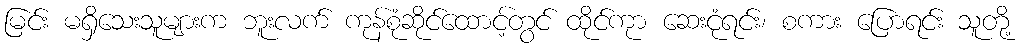
မြင်း မရှိသေးသူများက ဘူးလက် ကုန်စုံဆိုင်ထောင့်တွင် ထိုင်ကုာ ဆေးငုံရင်း၊ စကား ပြောရင်း သူတို့